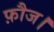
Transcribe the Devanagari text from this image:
फ़ौज।